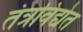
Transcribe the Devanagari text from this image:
तंत्रविद्येत